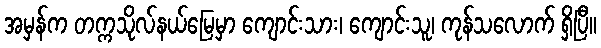
အမှန်က တက္ကသိုလ်နယ်မြေမှာ ကျောင်းသား၊ ကျောင်းသူ၊ ကုန်သလောက် ရှိပြီ။